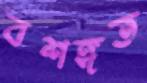
বশঙ্গত